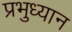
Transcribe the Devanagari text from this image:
प्रभुध्यान